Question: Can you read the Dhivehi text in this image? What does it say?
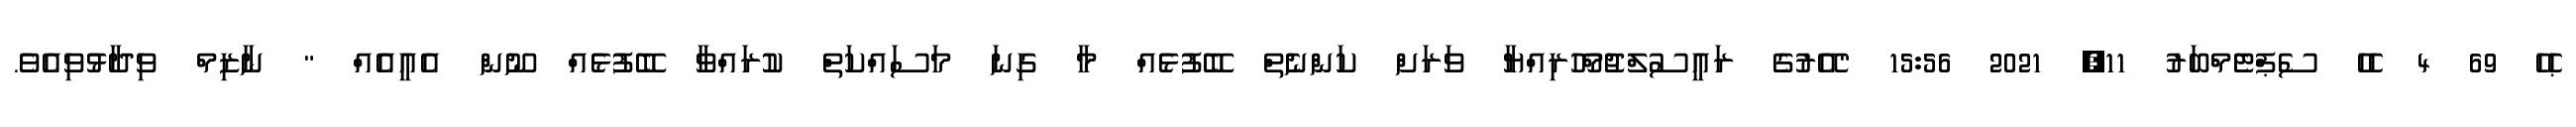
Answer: ޙެހެ 69 4 ހެހެ ސެޕްޓެމްބަރު 11, 2021 15:56 "އޭރުގެ ރައީސުލްޖުމްހޫރިއްޔާ ވަރަށް ކަންނެތް ބޭފުޅެއް މާ ގިނަ މަސައްކަތް ކުރައްވާ ބޭފުޅެއް ނޫން އެއީއެއް " ނާޒިމް ވިދާޅުވިއެވެ.